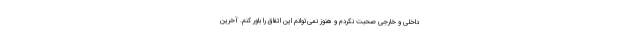
داخلی و خارجی صحبت نکردم و هنوز نمی‌توانم این اتفاق را باور کنم. آخرین